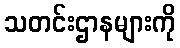
သတင်းဌာနများကို